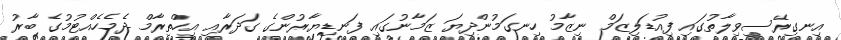
އިނގިރޭސިވިލާތުގައި ފިއުޑަލިޒަމް ނިޒާމު ހިނގަމުންދިޔަ ޒަމާނުގައި ފަނޑިޔާރުންގެ ގަދަރާއި އިހްތިރާމް ދެމެހެއްޓުމުގެ ބާރު